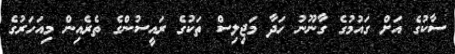
ސާކުގެ އަށް ގައުމުގެ ގާނޫނު ހަދާ މަޖިލިސް ތަކުގެ ރައީސުންގެ ތެރެއިން މިއަހަރުގެ